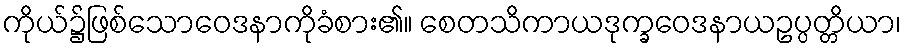
ကိုယ်၌ဖြစ်သောဝေဒနာကိုခံစား၏။ စေတသိကာယဒုက္ခဝေဒနာယဥပ္ပတ္တိယာ၊